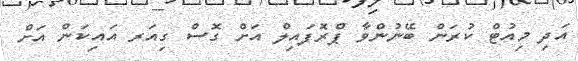
އަދި މިއުޓް ކުރަން ބޭނުންވާ ޕްރޮފައިލް އަށް ގޮސް ގިއަރ އައިކަން އަށް